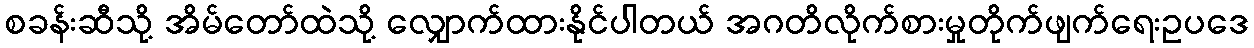
စခန်းဆီသို့ အိမ်တော်ထဲသို့ လျှောက်ထားနိုင်ပါတယ် အဂတိလိုက်စားမှုတိုက်ဖျက်ရေးဥပဒေ